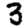
Digit: 3